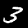
Digit: 3